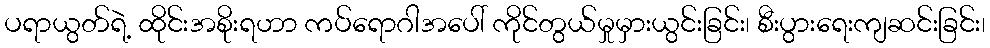
ပရာယွတ်ရဲ့ ထိုင်းအစိုးရဟာ ကပ်ရောဂါအပေါ် ကိုင်တွယ်မှုမှားယွင်းခြင်း၊ စီးပွားရေးကျဆင်းခြင်း၊